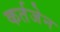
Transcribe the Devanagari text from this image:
कर्तजेन